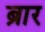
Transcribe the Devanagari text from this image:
ब्रार